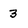
Character: 3